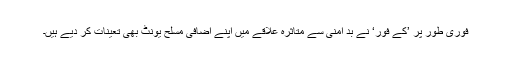
فوری طور پر ’کے فور‘ نے بد امنی سے متاثرہ علاقے میں اپنے اضافی مسلح یونٹ بھی تعینات کر دیے ہیں۔